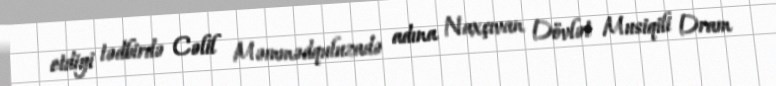
etdiyi tədbirdə Cəlil Məmmədquluzadə adına Naxçıvan Dövlət Musiqili Dram